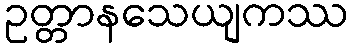
ဥတ္တာနသေယျကဿ